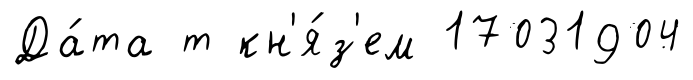
Да́та т кн'я́з'ем 17031904